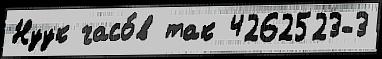
Нуук часо́в так 4262523-3